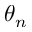
\theta _ { n }